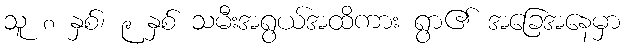
သူ ၈ နှစ်၊ ၉ နှစ် သမီးအရွယ်အထိကား ရွာ၏ အခြေအနေမှာ